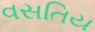
વસતિય